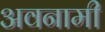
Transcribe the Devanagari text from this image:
अवनामी